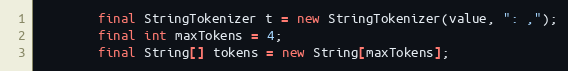
Language: Java
		final StringTokenizer t = new StringTokenizer(value, ": ,");
		final int maxTokens = 4;
		final String[] tokens = new String[maxTokens];